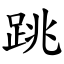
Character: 跳